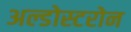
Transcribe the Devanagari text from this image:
अल्डोस्टरोन